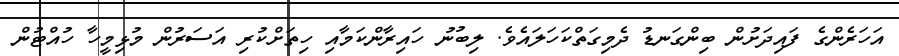
އަހަރެންގެ ފައިދަށުން ބިންގަނޑު ދެމިގަތްކަހަލައެވެ. ލިބުނު ހައިރާންކަމާއި ހިތަށްކުރި އަސަރުން މުޅިމީހާ ހުއްޓުން